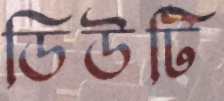
ডিউটি